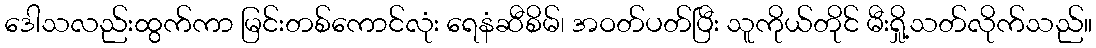
ဒေါသလည်းထွက်ကာ မြင်းတစ်ကောင်လုံး ရေနံဆီစိမ်၊ အဝတ်ပတ်ပြီး သူကိုယ်တိုင် မီးရှို့သတ်လိုက်သည်။